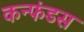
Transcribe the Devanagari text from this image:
कन्फंडस